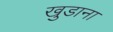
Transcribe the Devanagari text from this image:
खुडाना